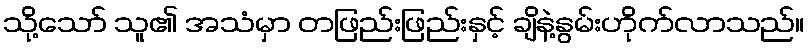
သို့သော် သူ၏ အသံမှာ တဖြည်းဖြည်းနှင့် ချိနဲ့နွမ်းဟိုက်လာသည်။